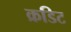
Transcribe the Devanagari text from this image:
क्रडिट